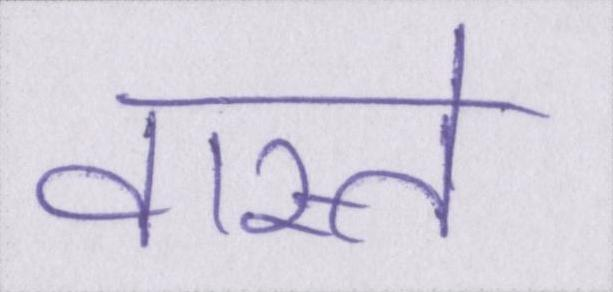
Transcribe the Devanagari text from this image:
वास्ते